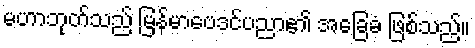
မဟာဘုတ်သည် မြန်မာဗေဒင်ပညာ၏ အခြေခံ ဖြစ်သည်။